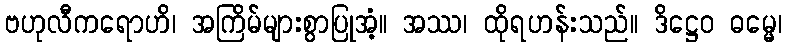
ဗဟုလီကရောဟိ၊ အကြိမ်များစွာပြုအံ့။ အဿ၊ ထိုရဟန်းသည်။ ဒိဋ္ဌေဝ ဓမ္မေ၊